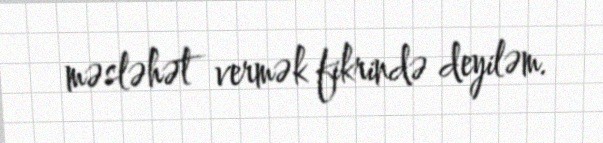
məsləhət vermək fikrində deyiləm.